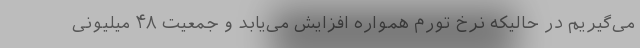
می‌گیریم در حالیکه نرخ تورم همواره افزایش می‌یابد و جمعیت ۴۸ میلیونی